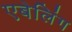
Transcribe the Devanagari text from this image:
एबेलिंग